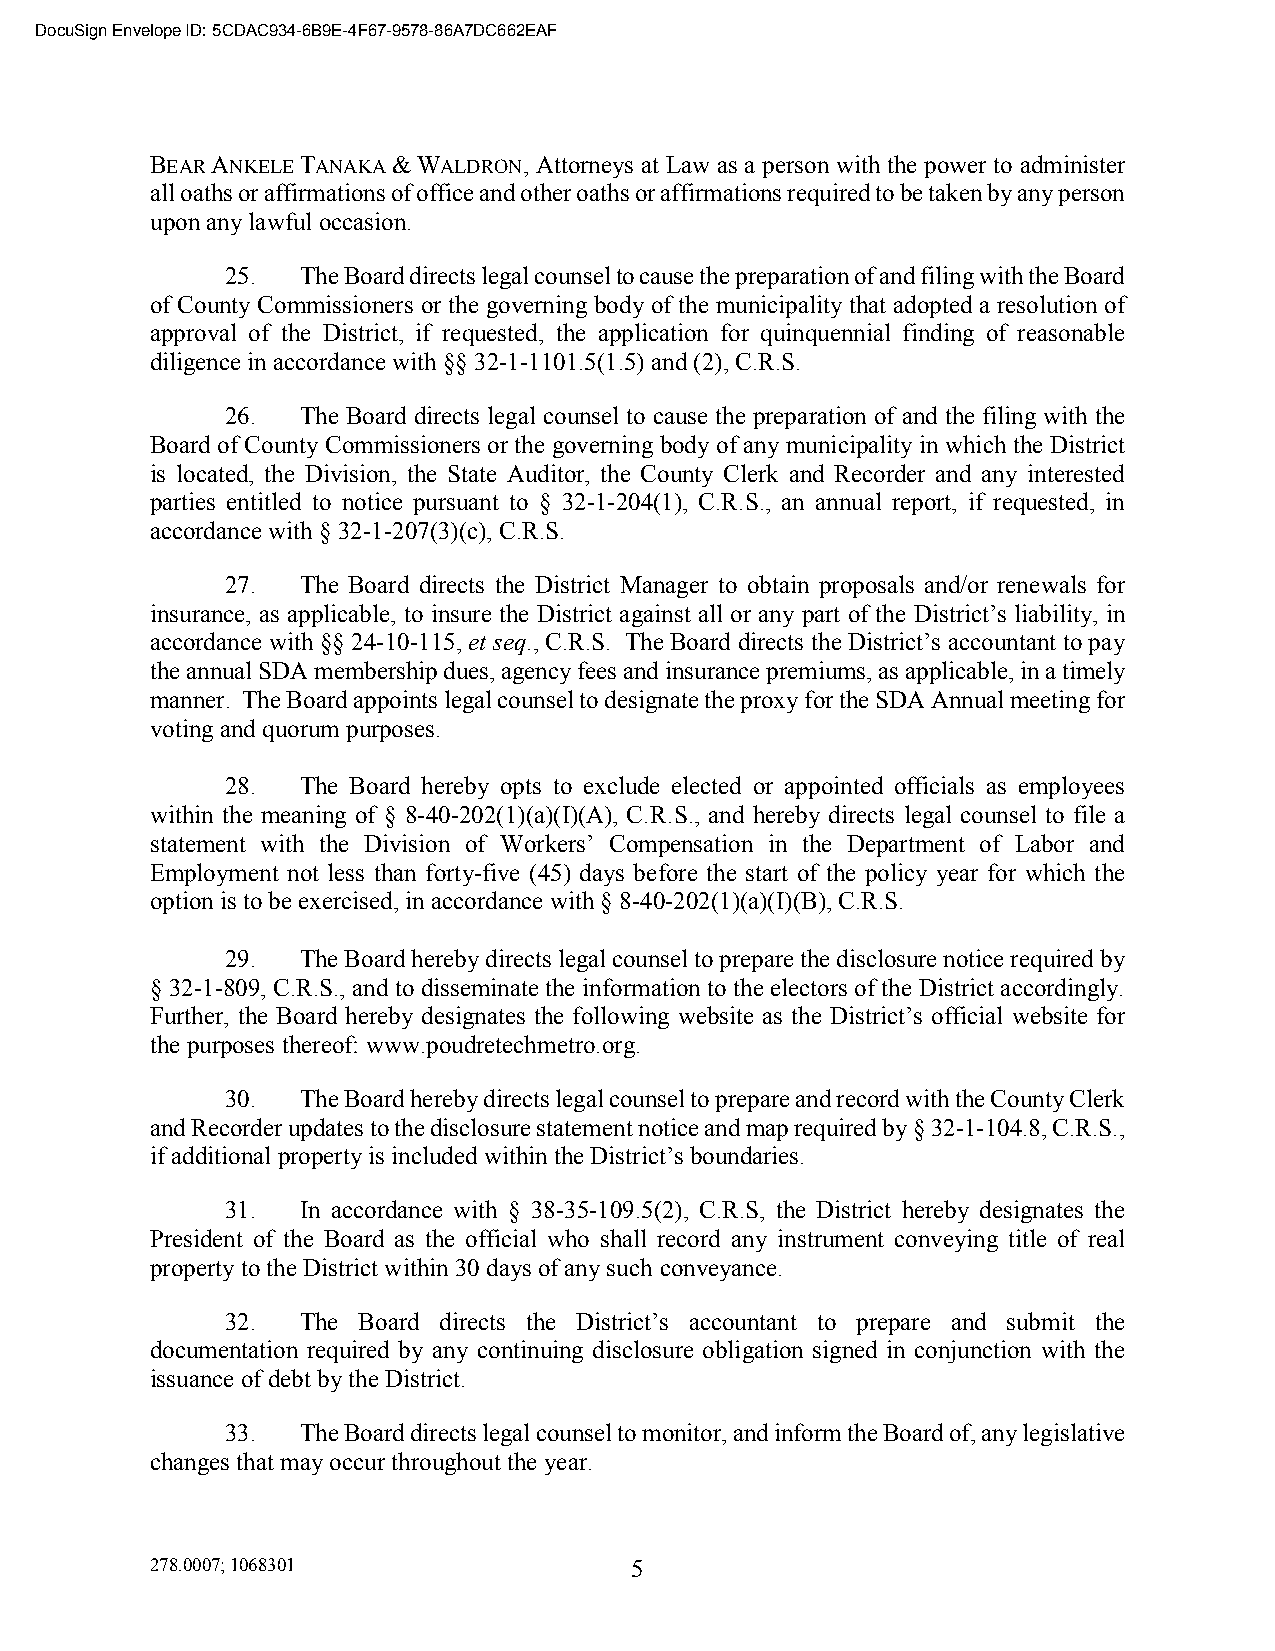
DocuSign Envelope ID: 5CDAC934-6B9E-4F67-9578-86A7DC662EAF
 BEAR ANKELE TANAKA & WALDRON, Attorneys at Law as a person with the power to administer
 all oaths or affirmations of office and other oaths or affirmations required to be taken by any person
 upon any lawful occasion.
 25.  The Board directs legal counsel to cause the preparation of and filing with the Board
 of County Commissioners or the governing body of the municipality that adopted a resolution of
 approval of the District, if requested, the application for quinquennial finding of reasonable
 diligence in accordance with §§ 32-1-1101.5(1.5) and (2), C.R.S.
 26.  The Board directs legal counsel to cause the preparation of and the filing with the
 Board of County Commissioners or the governing body of any municipality in which the District
 is located, the Division, the State Auditor, the County Clerk and Recorder and any interested
 parties entitled to notice pursuant to § 32-1-204(1), C.R.S., an annual report, if requested, in
 accordance with § 32-1-207(3)(c), C.R.S.
 27.  The Board directs the District Manager to obtain proposals and/or renewals for
 insurance, as applicable, to insure the District against all or any part of the District’s liability, in
 accordance with §§ 24-10-115, et seq., C.R.S. The Board directs the District’s accountant to pay
 the annual SDA membership dues, agency fees and insurance premiums, as applicable, in a timely
 manner. The Board appoints legal counsel to designate the proxy for the SDA Annual meeting for
 voting and quorum purposes.
 28.  The Board hereby opts to exclude elected or appointed officials as employees
 within the meaning of § 8-40-202(1)(a)(I)(A), C.R.S., and hereby directs legal counsel to file a
 statement with the Division of Workers’ Compensation in the Department of Labor and
 Employment not less than forty-five (45) days before the start of the policy year for which the
 option is to be exercised, in accordance with § 8-40-202(1)(a)(I)(B), C.R.S.
 29.  The Board hereby directs legal counsel to prepare the disclosure notice required by
 § 32-1-809, C.R.S., and to disseminate the information to the electors of the District accordingly.
 Further, the Board hereby designates the following website as the District’s official website for
 the purposes thereof: www.poudretechmetro.org.
 30.  The Board hereby directs legal counsel to prepare and record with the County Clerk
 and Recorder updates to the disclosure statement notice and map required by § 32-1-104.8, C.R.S.,
 if additional property is included within the District’s boundaries.
 31.  In accordance with § 38-35-109.5(2), C.R.S, the District hereby designates the
 President of the Board as the official who shall record any instrument conveying title of real
 property to the District within 30 days of any such conveyance.
 32.  The Board directs the District’s accountant to prepare and submit the
 documentation required by any continuing disclosure obligation signed in conjunction with the
 issuance of debt by the District.
 33.  The Board directs legal counsel to monitor, and inform the Board of, any legislative
 changes that may occur throughout the year.
 278.0007; 1068301               5